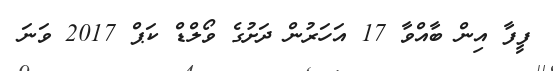
ފީފާ އިން ބާއްވާ 17 އަހަރުން ދަށުގެ ވޯލްޑް ކަޕް 2017 ވަނަ